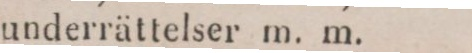
underrättelser m. m.